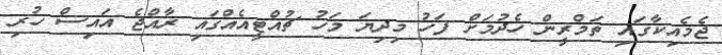
ޖެމެއިކާގައި ތަމްރީން ހެދުމަށް ފަހު މިދިޔަ މަހު ޗުއްޓީއެއްގައި ރާއްޖެ އައިސް ހުރި